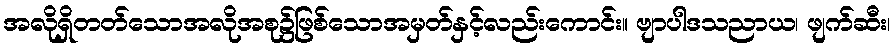
အလိုရှိတတ်သောအလိုအစု၌ဖြစ်သောအမှတ်နှင့်လည်းကောင်း။ ဗျာပါဒသညာယ၊ ဖျက်ဆီး၊